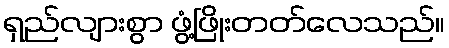
ရှည်လျားစွာ ဖွံ့ဖြိုးတတ်လေသည်။